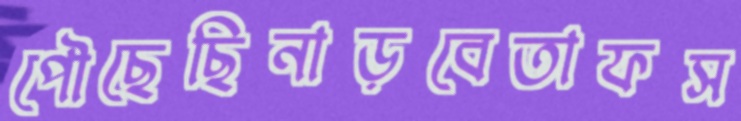
পৌছেছিনাড়বেতাফস